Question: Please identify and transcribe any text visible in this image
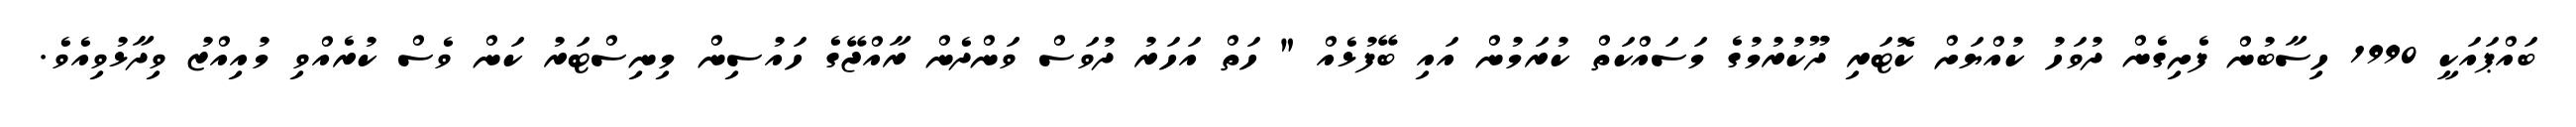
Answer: ބައްޕައަކީ 1990 ހިސާބުން ފެށިގެން ދުވަހު ކުއްޔަށް ކޮޓަރި ދޫކުރުމުގެ މަސައްކަތް ކުރަމުން އައި ބޭފުޅެއް " ހަތް އަހަރު ދުވަސް ވަންދެން ރާއްޖޭގެ ހައުސިން މިނިސްޓަރު ކަން ވެސް ކުރެއްވި މުއިއްޒު ވިދާޅުވިއެވެ.